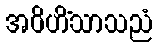
အဝိဟိံသာသညံ